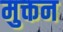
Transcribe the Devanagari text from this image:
मुक्तन